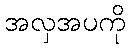
အလှအပကို